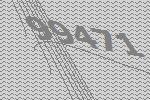
99471